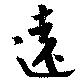
遠